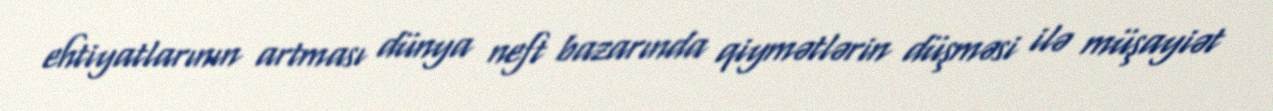
ehtiyatlarının artması dünya neft bazarında qiymətlərin düşməsi ilə müşayiət